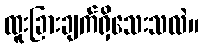
ထူးခြားချက်ရှိသေးသလဲ။